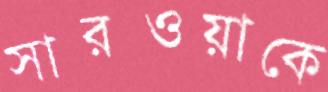
সারওয়াকে